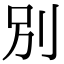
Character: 别